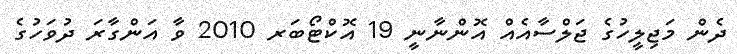
ދެން މަޖިލީހުގެ ޖަލްސާއެއް އޮންނާނީ 19 އޮކްޓޯބަރ 2010 ވާ އަންގާރަ ދުވަހުގެ